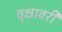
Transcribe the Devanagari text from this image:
वृक्षावरी